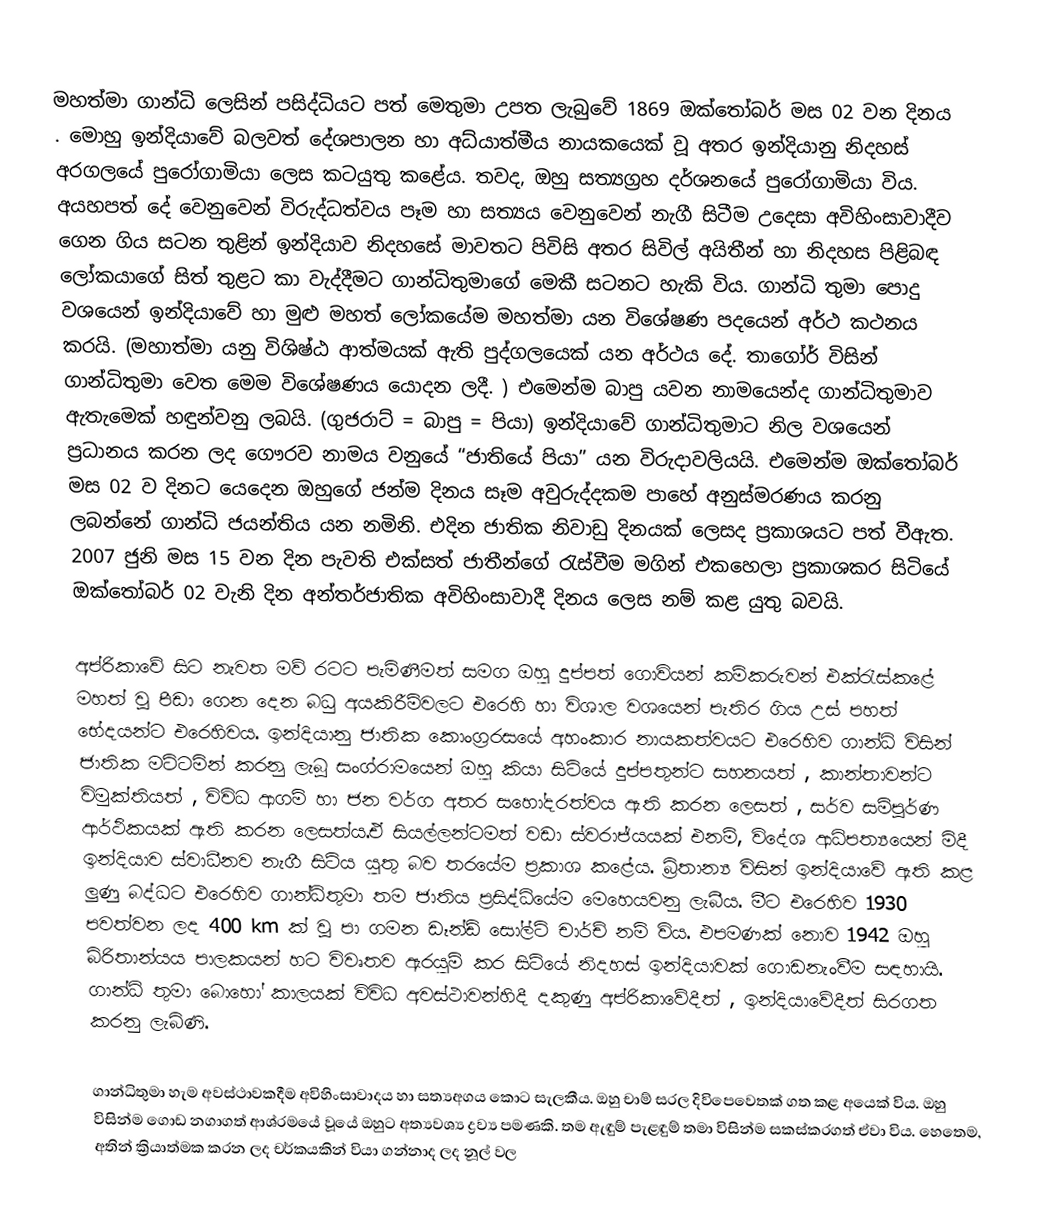
මහත්මා ගාන්ධි ලෙසින් පසිද්ධියට පත් මෙතුමා උපත ලැබුවේ 1869 ඔක්තෝබර් මස  02 වන දිනය . මොහු ඉන්දියාවේ බලවත් දේශපාලන හා අධ්යාත්මීය නායකයෙක් වූ අතර ඉන්දියානු නිදහස් අරගලයේ පුරෝගාමියා ලෙස කටයුතු කළේය. තවද, ඔහු සත්‍යග්‍රහ දර්ශනයේ පුරෝගාමියා විය. අයහපත් දේ වෙනුවෙන් විරුද්ධත්වය පෑම හා සත්‍යය වෙනුවෙන් නැගී සිටීම උදෙසා අවිහිංසාවාදීව ගෙන ගිය සටන තුළින් ඉන්දියාව නිදහසේ මාවතට පිවිසි අතර සිවිල් අයිතීන් හා නිදහස පිළිබඳ ලෝකයාගේ සිත් තුළට කා වැද්දීමට ගාන්ධිතුමාගේ මෙකී සටනට හැකි විය. ගාන්ධි තුමා පොදු වශයෙන් ඉන්දියාවේ හා මුළු මහත් ලෝකයේම  මහත්මා යන විශේෂණ පදයෙන් අර්ථ කථනය කරයි. (මහාත්මා යනු විශිෂ්ඨ ආත්මයක් ඇති පුද්ගලයෙක් යන අර්ථය දේ. තාගෝර්  විසින් ගාන්ධිතුමා වෙත මෙම විශේෂණය යොදන ලදී. ) එමෙන්ම බාපු යවන නාමයෙන්ද ගාන්ධිතුමාව ඇතැමෙක් හඳුන්වනු ලබයි. (ගුජරාට් = බාපු = පියා) ඉන්දියාවේ ගාන්ධිතුමාට නිල වශයෙන් ප්‍රධානය කරන ලද ගෞරව නාමය වනුයේ “ජාතියේ පියා” යන විරුදාවලියයි. එමෙන්ම ඔක්තෝබර් මස 02 ව දිනට යෙදෙන ඔහුගේ ජන්ම දිනය සෑම අවුරුද්දකම පාහේ අනුස්මරණය කරනු ලබන්නේ ගාන්ධි ජයන්තිය යන නමිනි. එදින ජාතික නිවාඩු දිනයක් ලෙසද ප්‍රකාශයට පත් වීඇත. 2007 ජුනි මස 15 වන දින පැවති එක්සත් ජාතීන්ගේ රැස්වීම මගින් එකහෙලා ප්‍රකාශකර සිටියේ ඔක්තෝබර් 02 වැනි දින අන්තර්ජාතික අවිහිංසාවාදී දිනය ලෙස නම් කළ යුතු බවයි.

අප්රිකාවේ සිට නැවත මව් රටට පැමිණීමත් සමග ඔහු දුප්පත් ගොවියන් කම්කරුවන් එක්රැස්කළේ මහත් වූ පීඩා ගෙන දෙන බධු අයකිරීම්වලට එරෙහි හා විශාල වශයෙන් පැතිර ගිය උස් පහත් භේදයන්ට එරෙහිවය. ඉන්දියානු ජාතික කොංග්‍රරසයේ  අහංකාර නායකත්වයට එරෙහිව ගාන්ධි විසින් ජාතික මට්ටමින් කරනු ලැබූ සංග්රාමයෙන් ඔහු කියා සිටියේ දුප්පතුන්ට සහනයත් , කාන්තාවන්ට විමුක්තියත් , විවිධ ආගම් හා ජන වර්ග අතර සහෝදරත්වය ඇති කරන ලෙසත් , සර්ව සම්පූර්ණ ආර්ථිකයක් ඇති කරන ලෙසත්ය.ඒ සියල්ලන්ටමත් වඩා ස්වරාජ්යයක් එනම්, විදේශ ආධිපත්‍යයෙන් මිදී ඉන්දියාව ස්වාධීනව නැගී සිටිය යුතු බව තරයේම ප්‍රකාශ කළේය. බ්‍රිතාන්‍ය විසින් ඉන්දියාවේ ඇති කළ ලුණු බද්ධට එරෙහිව ගාන්ධිතුමා තම ජාතිය ප්‍රසිද්ධියේම මෙහෙයවනු ලැබීය. මීට එරෙහිව 1930 පවත්වන ලද 400 km ක් වූ පා ගමන ඩෑන්ඩ් සෝල්ට් චාර්ච් නම් විය. එපමණක් නොව 1942 ඔහු බ්රිතාන්යය පාලකයන් හට විවෘතව ඇරයුම් කර සිටියේ නිදහස් ඉන්දියාවක් ගොඩනැංවීම සඳහායි. ගාන්ධි තුමා බොහෝ කාලයක් විවිධ අවස්ථාවන්හිදී දකුණු අප්රිකාවේදීත් , ඉන්දියාවේදීත් සිරගත කරනු ලැබිණි.

ගාන්ධිතුමා හැම අවස්ථාවකදීම අවිහිංසාවාදය හා සත්‍යඅගය කොට සැලකීය. ඔහු චාම් සරල දිවිපෙවෙතක් ගත කළ අයෙක් විය. ඔහු විසින්ම ගොඩ නගාගත් ආශ්රමයේ වූයේ ඔහුට අත්‍යවශ්‍ය ද්‍රව්‍ය පමණකි. තම ඇඳුම් පැළඳුම් තමා විසින්ම සකස්කරගත් ඒවා විය. හෙතෙම, අතින් ක්‍රියාත්මක කරන ලද චර්කයකින් වියා ගන්නාද ලද නූල් වල